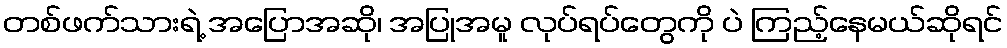
တစ်ဖက်သားရဲ့ အပြောအဆို၊ အပြုအမူ လုပ်ရပ်တွေကို ပဲ ကြည့်နေမယ်ဆိုရင်